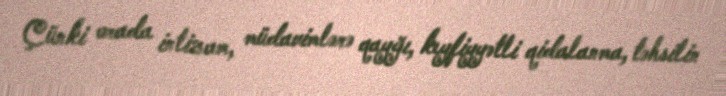
Çünki orada intizam, müdavimlərə qayğı, keyfiyyətli qidalanma, təhsilin